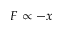
F \propto - x